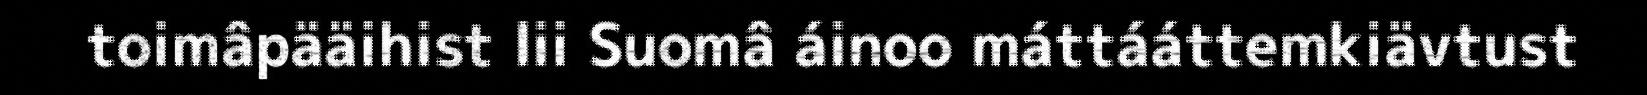
toimâpääihist lii Suomâ áinoo máttááttemkiävtust